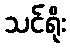
သင်ရိုး